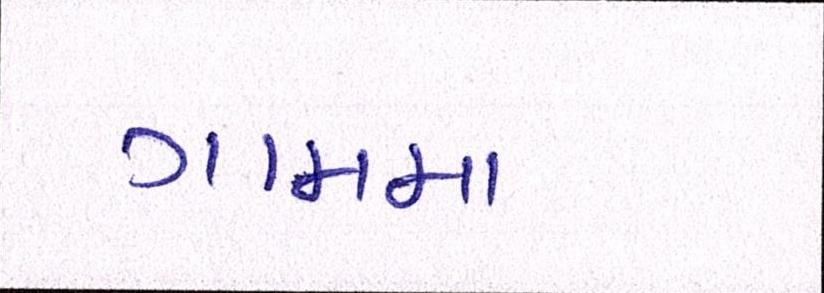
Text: ગામમા